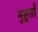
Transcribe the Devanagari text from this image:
मुहुर्तों